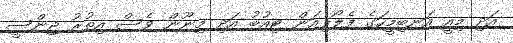
އަދި މިއީ އަނބިމީހަގެ ފެލޯޕިއަން ޓިއުބު އަދި މިނޫން ވެސް އިތުރު ޖިންސީ